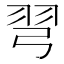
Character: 𢏖